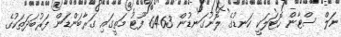
ނަލް ސްޓާން ހޮޓަލަކީ ކަނޑުގެ ލޮނުގަނޑުން 6463 ފޫޓު މަތީގައި ގަރާބަންޑަން ފަރުބަދަތަކުގެ